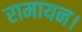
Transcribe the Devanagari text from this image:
रामायन।